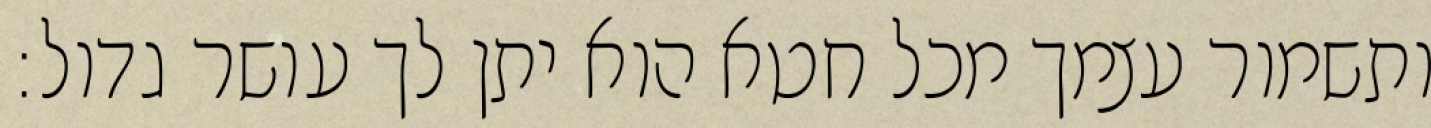
ותשמור עצמך מכל חטא הוא יתן לך עושר גדול: